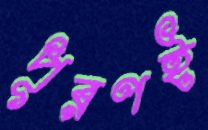
পূরণই